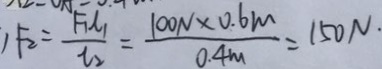
, F _ { 2 } = \frac { F _ { 1 } l _ { 1 } } { l _ { 2 } } = \frac { 1 0 0 N \times 0 . 6 m } { 0 . 4 m } = 1 5 0 N \cdot